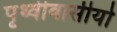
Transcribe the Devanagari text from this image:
पृथ्वीवासीयो